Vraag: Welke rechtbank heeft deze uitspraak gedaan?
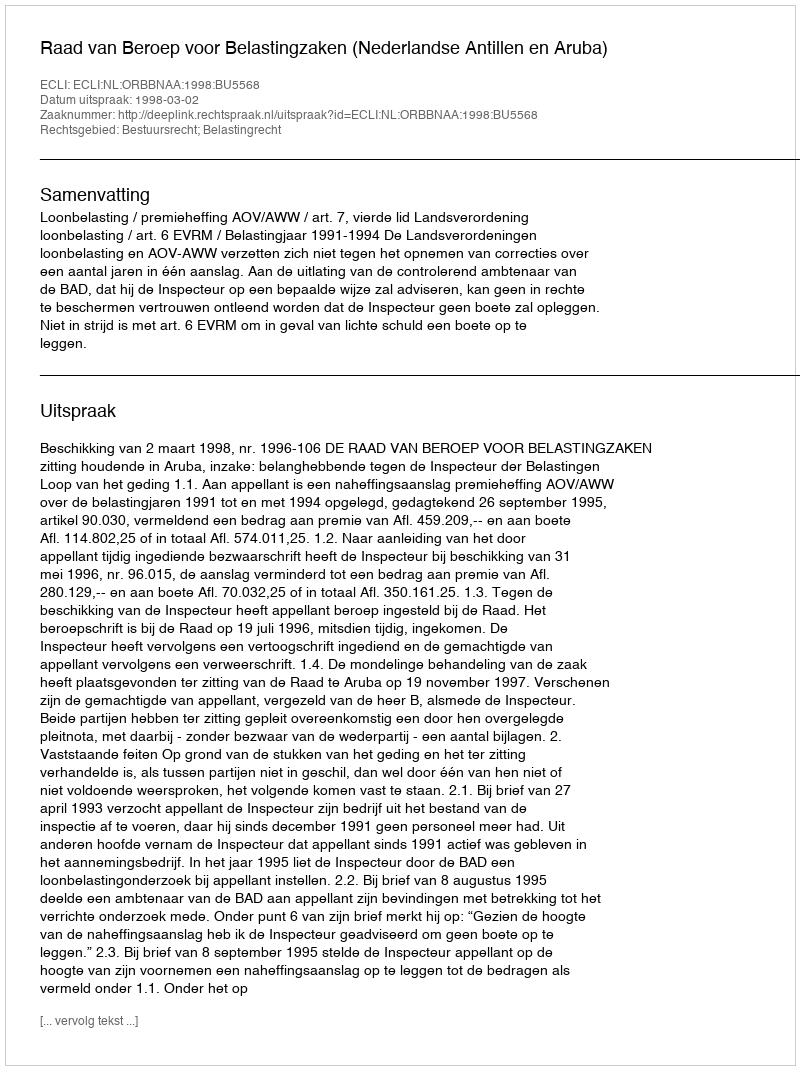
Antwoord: Raad van Beroep voor Belastingzaken (Nederlandse Antillen en Aruba)